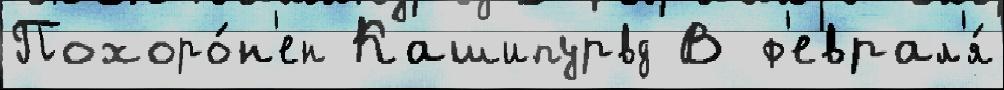
Похоро́н'ен Кашипурвд В ф'еврал'я́